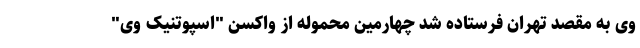
وی به مقصد تهران فرستاده شد چهارمین محموله از واکسن "اسپوتنیک وی"